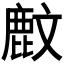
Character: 𪊙